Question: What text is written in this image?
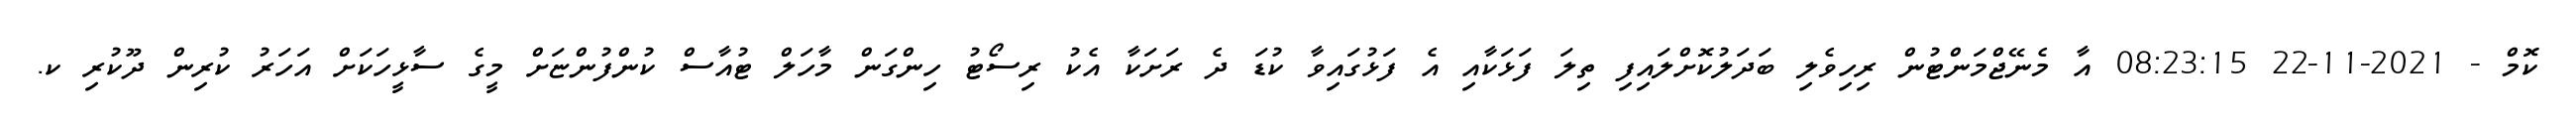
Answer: ކޮމް - 2021-11-22 08:23:15 އާ މެނޭޖްމަންޓުން ރިހިވެލި ބަދަލުކޮށްލައިފި ތިލަ ފަޅަކާއި އެ ފަޅުގައިވާ ކުޑަ ދެ ރަށަކާ އެކު ރިސޯޓު ހިންގަން މާހަލް ޓުއާސް ކުންފުންޏަށް މީގެ ސާޅީހަކަށް އަހަރު ކުރިން ދޫކުރި ކ.